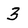
Character: 3